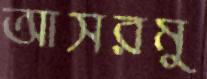
আসরমু